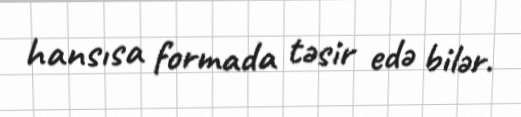
hansısa formada təsir edə bilər.